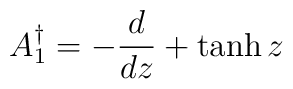
A_{1}^{\dagger} = - {{d} \over {dz}} +  \tanh z